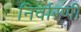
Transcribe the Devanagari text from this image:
निर्वारणी